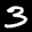
Label: 3